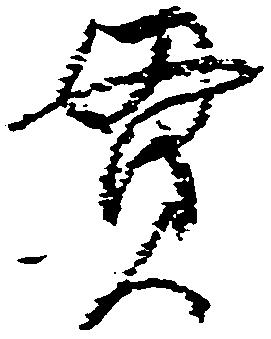
貫